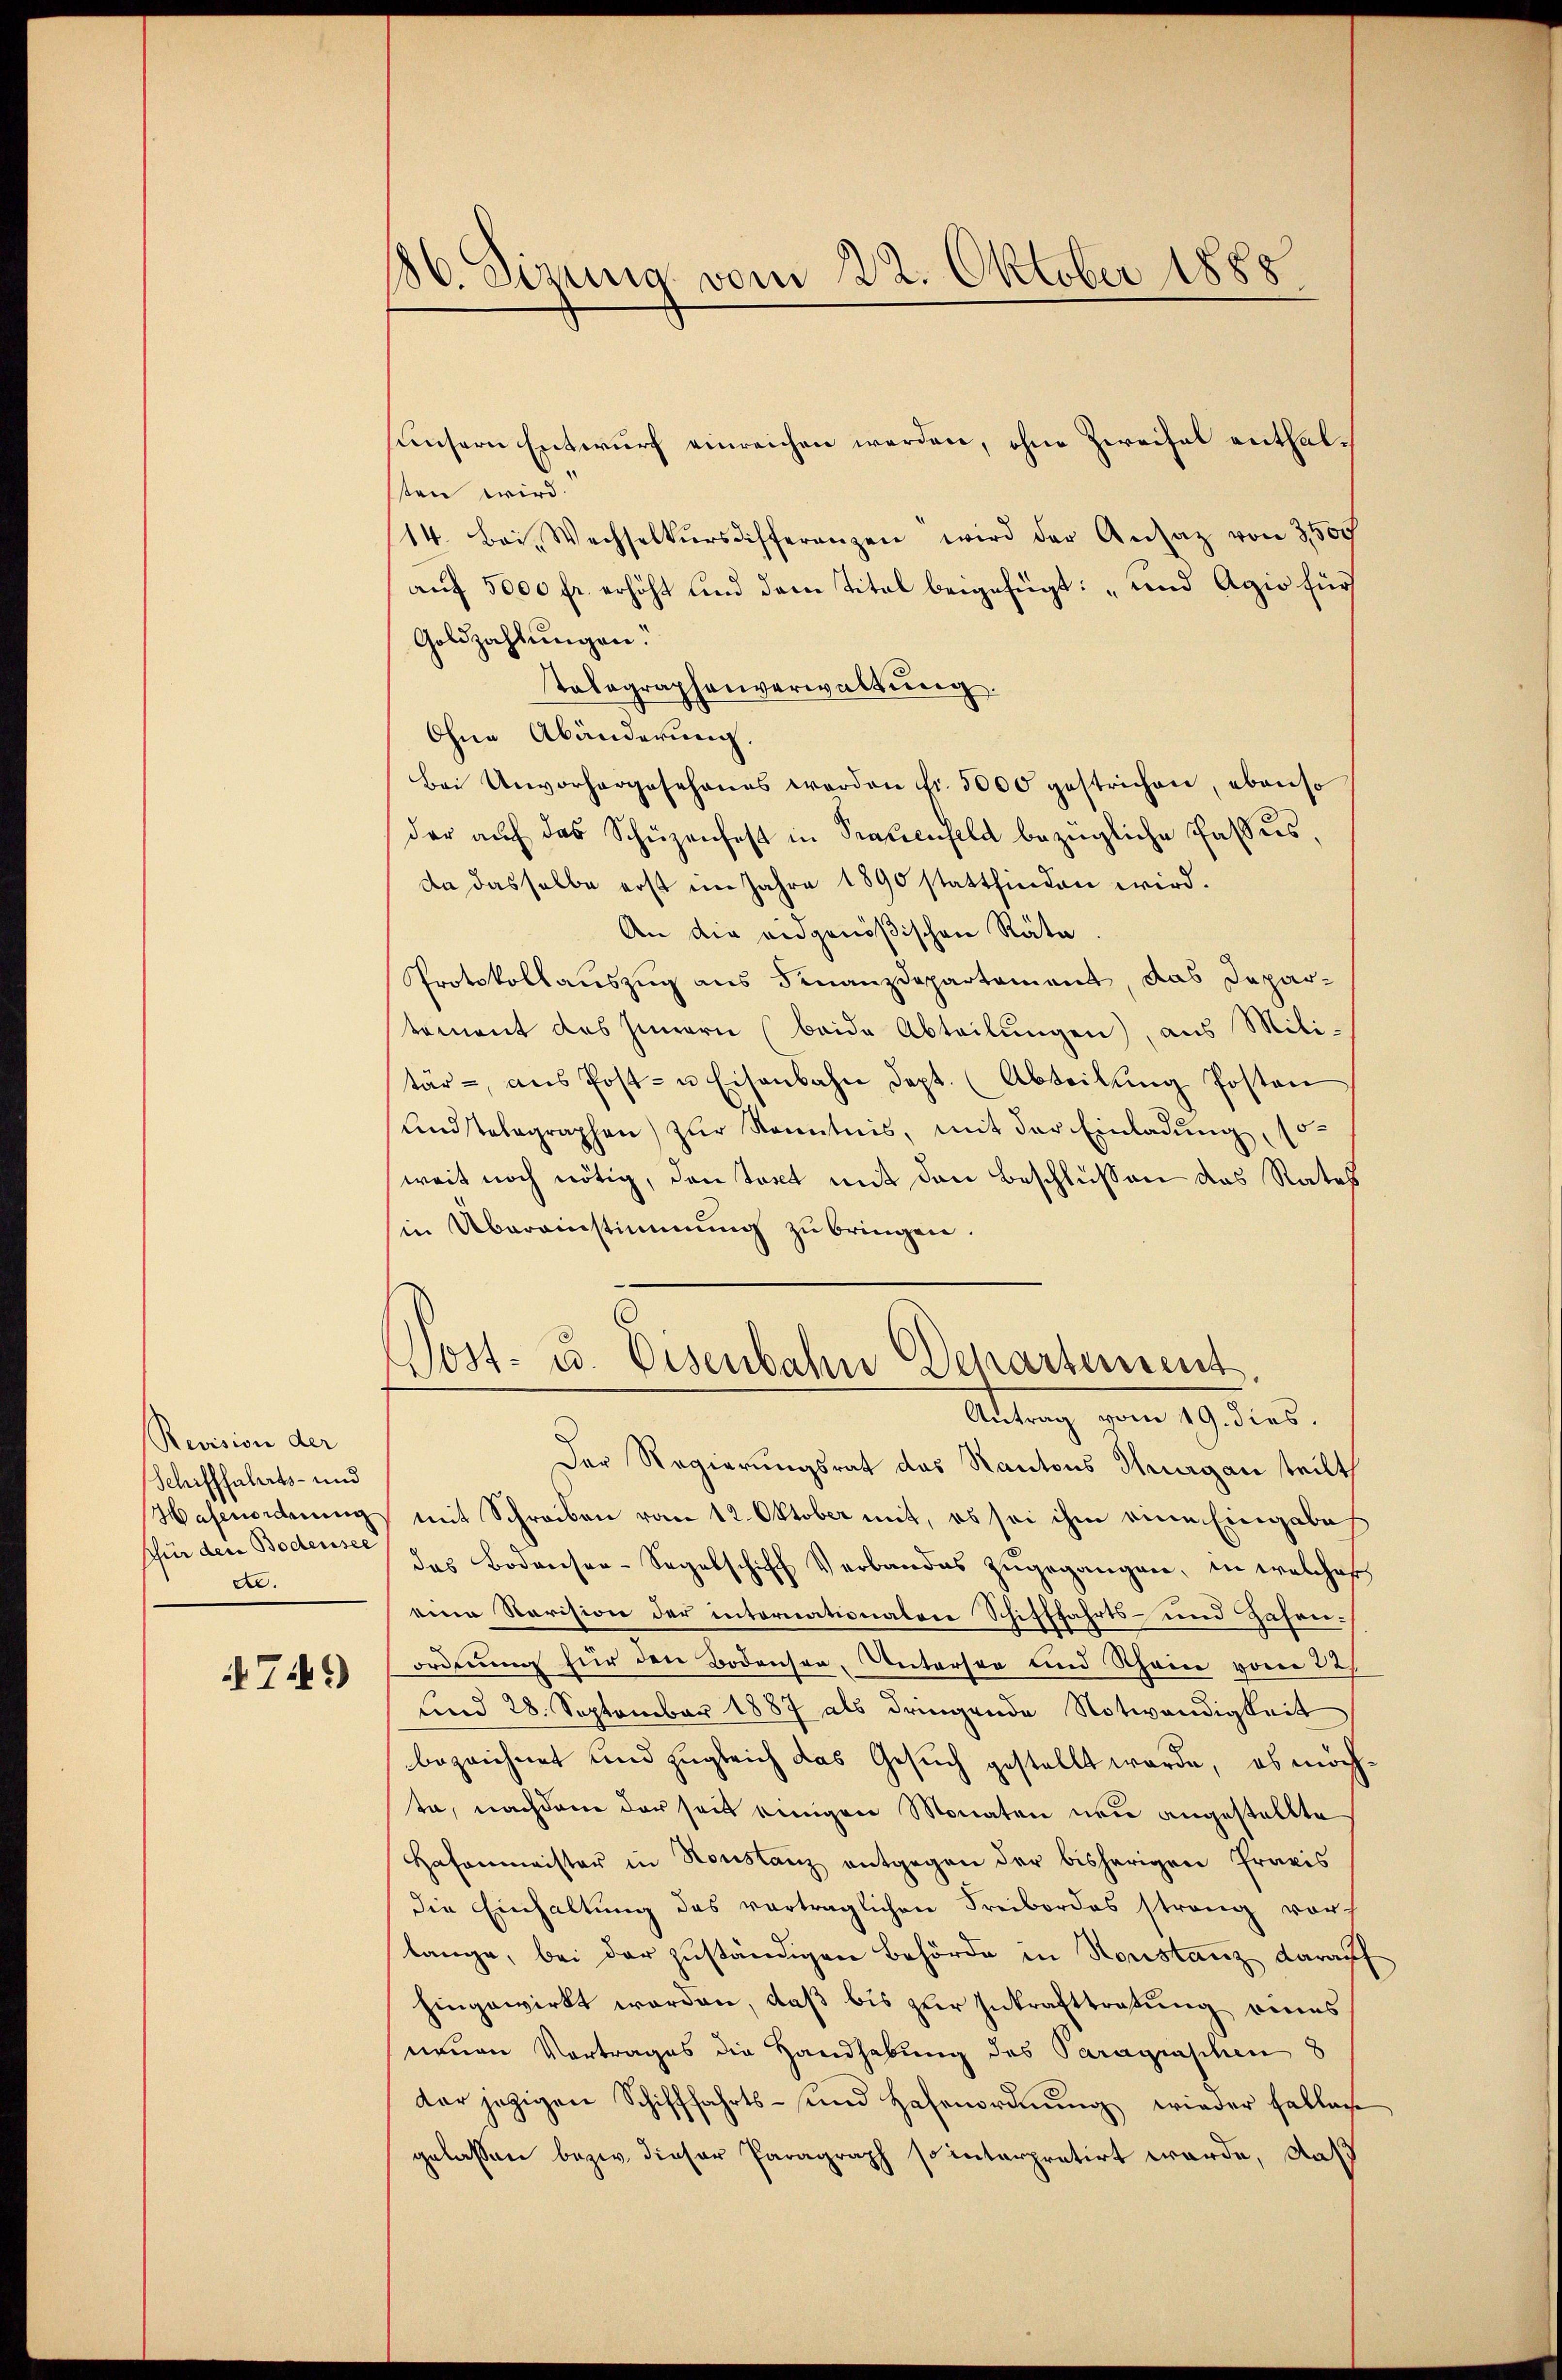
Revision der
Schifffahrts- und
Hafenordnung
Schür den Bodensee
e.

749)

186. Sirung vom 22. Oktober 1888

unsern Entwurf einreichen werden, ohne Zweifel enthalten wird.
14. Bei Wechselkŭrsdifferenzen wird der Ansatz von 3500
auf 5000 fr. erhöht und dem Titel beigefügt: „und Agio für
Goldzahlungen.
Telegraphenverwaltung.
Ohne Abänderung.
Bei Unvorhergesehenes werden fr. 5000 gestrichen, ebenso
der aŭf das Schüzenfest in Trauenfeld bezügliche Passus,
da dasselbe erst im Jahre 1890 stattfinden wird.
An die eidgenößischen Räte
Protokollauszug aus Finanzdepartement das Departement des Innern (beide Abteilungen), aus Militar - ans Post- u Eisenbahn Sept. (Abteilŭng Posten
undstelegraphen) zur Kenntnis, mit der Einladung, so
weit noch nötig, den tant mit den Beschlüssen das Rates
in Übereinstimmung zu bringen.
Post- u. Eisenbahn Departement.
Antrag vom 19. dies.
Der Regierungsrat das Kantons Thurgau teilt,
mit Schreiben vom 12. Oktober mit, es sei ihm eine Eingabe
das Bodensee-Sagelschiff Verbandes zŭgegangen, in welches
eine Revision der internationalen Schifffahrts- und Zahenordnung für den Bodensen, Untersen und Schein vom 22.
und 28. September 1887 als dringende Notwendigkeit
bezeichnet und zugleich das Gesuch gestellt werde, es möchta, nachdem der seit einigen Monaten neu angestellte
Hafenmeister in Konstanz entgegen der bisherigen Praxis
die Einhaltŭng des vorträglichen Freibordes strang vor
lange, bei der zuständigen Behörde in Houstanz darauf
hingewirkt worden, daß bis zur Inkrafttretung eines
neuen Vortrages die Handhabung des Paragraschen 8
dar jetzigen Schifffahrts- und Hafenordnŭng wieder fallach
gelassen bezw. dieser Paragraph so interpretirt werde, daß